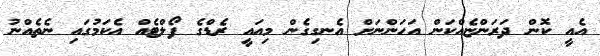
އެއީ ކޮން ދަރަންޏެއްކަން އަހަންނަށް އެނގިގެން މިއައީ ރެޑްގެ ފޯލްޓެއް އެކަމުގައި ނެތެއްނު